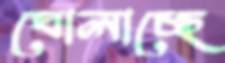
ঘোলাচ্ছে